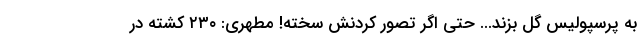
به پرسپولیس گل بزند... حتی اگر تصور کردنش سخته! مطهری: ۲۳۰ کشته در